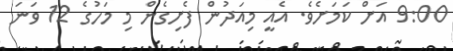
9:00 އަށް ކަމަށެވެ. އެއީ މިއަދުން ފެށިގެން މި މަހުގެ 12 ވަނަ